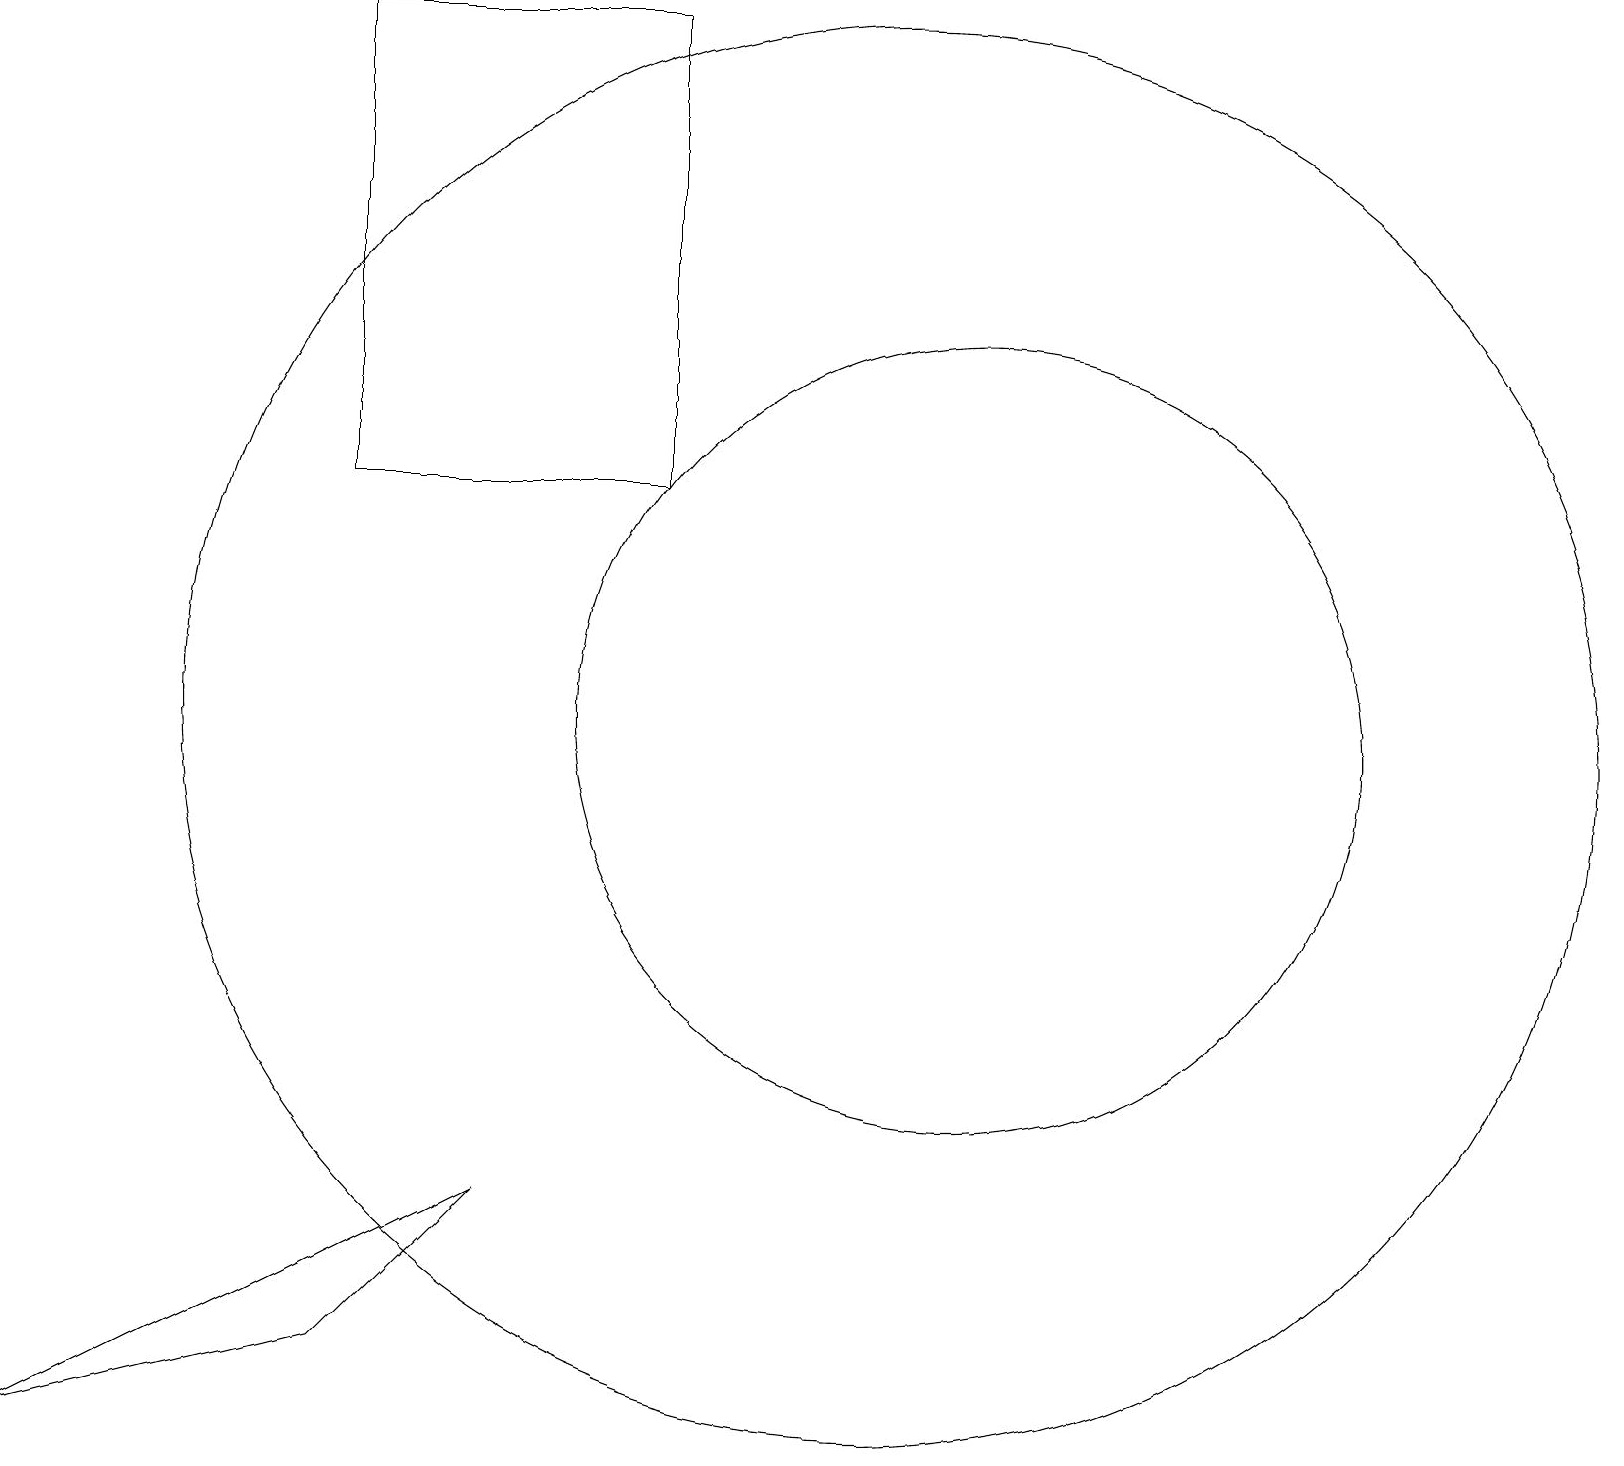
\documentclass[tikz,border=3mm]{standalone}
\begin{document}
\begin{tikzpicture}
\draw (4,19) rectangle (8,13);
\draw (11,10) circle (9);
\draw (12,10) circle (5);
\draw (0,1) -- (6,4) -- (4,2) -- cycle;
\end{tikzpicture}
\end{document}